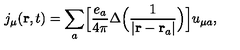
j _ { \mu } ( { \bf r } , t ) = \sum _ { a } \Bigl [ \frac { e _ { a } } { 4 \pi } \Delta \Bigl ( \frac { 1 } { \vert { \bf r } - { \bf r } _ { a } \vert } \Bigr ) \Bigr ] u _ { \mu a } ,